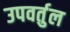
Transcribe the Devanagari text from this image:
उपवर्तुल